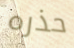
حذره